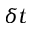
\delta t